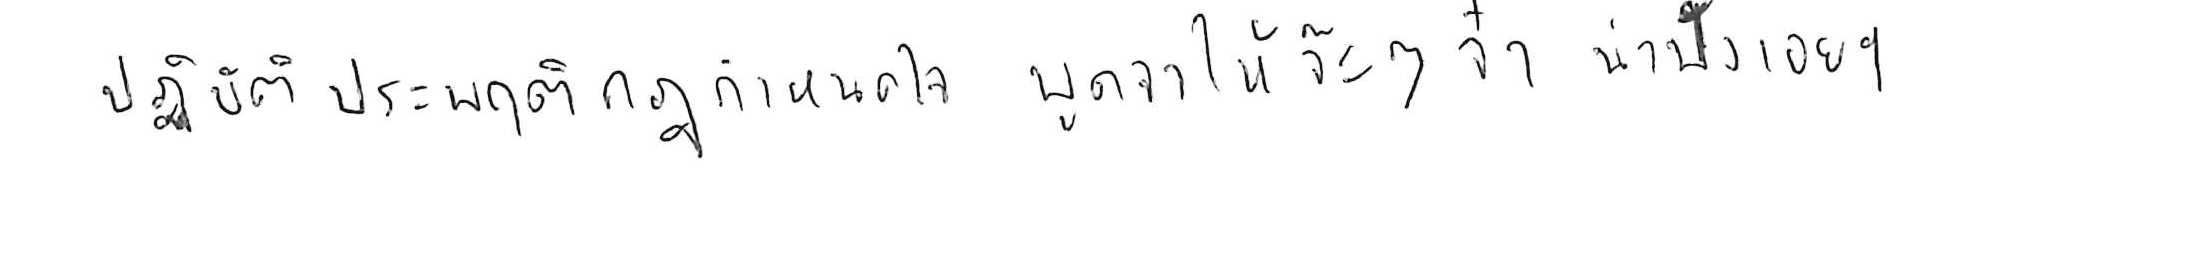
ปฏิบัติประพฤติกฎกำหนดใจ พูดจาให้จ๊ะๆ จ๋า น่าฟังเอยฯ